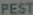
PEST